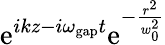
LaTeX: \mathrm{e}^{ikz-i\omega_{\mathrm{gap}}t}\mathrm{e}^{-\frac{r^{2}}{w_{0}^{2}}}